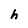
Character: h